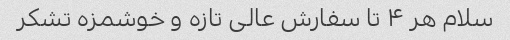
سلام هر ۴ تا سفارش عالی تازه و خوشمزه تشکر